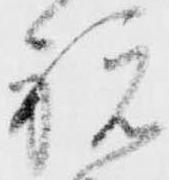
祝